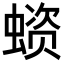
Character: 𧏗